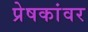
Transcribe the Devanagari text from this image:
प्रेषकांवर